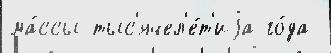
ма́ссы тыс'ячел'е́т'иjа го́да